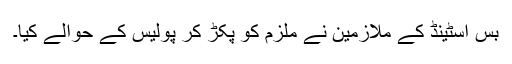
بس اسٹینڈ کے ملازمین نے ملزم کو پکڑ کر پولیس کے حوالے کیا۔